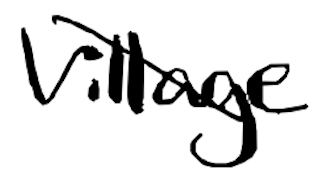
Text: Village
Cross-out: diagonal
Writing tool: digital_black